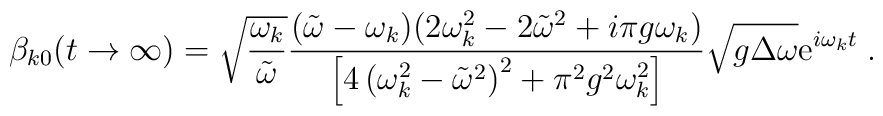
\beta_{k0}(t\to\infty)=\sqrt{\frac{\omega_k}{\tilde{\omega}}}\frac{(\tilde{\omega}-\omega_k)(2\omega_k^2-2\tilde{\omega}^2+i\pi g\omega_k)}{\left[4\left(\omega_k^2-\tilde{\omega}^2\right)^2+\pi^2g^2\omega_k^2\right]}\sqrt{g\Delta \omega}{\rm e}^{i\omega_k t}\;.